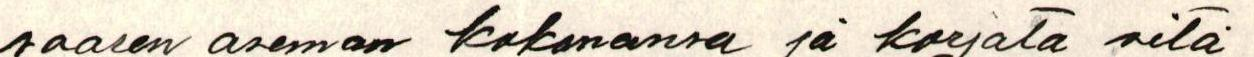
saaren aseman kokonaan ja korjata sitä